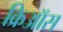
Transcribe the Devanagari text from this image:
क्रिऑस